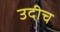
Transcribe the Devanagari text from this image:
उदीच